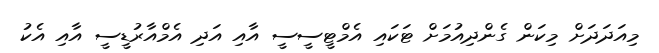
މިއަދަދަށް މިކަން ގެންދިއުމަށް ޓަކައި އެމްޓީސީސީ އާއި އަދި އެމްއާރުޑީސީ އާއި އެކު